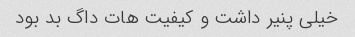
خیلی پنیر داشت و کیفیت هات داگ بد بود